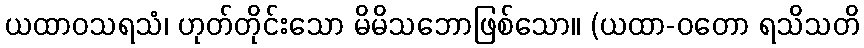
ယထာဝသရသံ၊ ဟုတ်တိုင်းသော မိမိသဘောဖြစ်သော။ (ယထာ-ဝတော ရသိသတိ